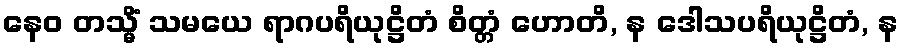
နေဝ တသ္မိံ သမယေ ရာဂပရိယုဋ္ဌိတံ စိတ္တံ ဟောတိ, န ဒေါသပရိယုဋ္ဌိတံ, န